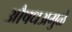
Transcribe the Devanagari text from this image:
औषधअमुळे